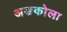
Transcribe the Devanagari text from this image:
अङकोला